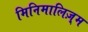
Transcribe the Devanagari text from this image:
मिनिमालिज़्म